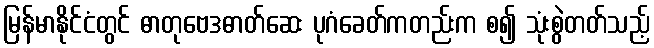
မြန်မာနိုင်ငံတွင် ဓာတုဗေဒဓာတ်ဆေး ပုဂံခေတ်ကတည်းက စ၍ သုံးစွဲတတ်သည့်